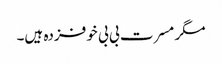
مگر مسرت بی بی خوفزدہ ہیں۔